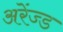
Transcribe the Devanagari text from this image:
अरेंज्ड